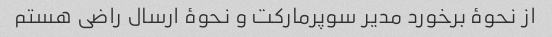
از نحوۀ برخورد مدیر سوپرمارکت و نحوۀ ارسال راضی هستم